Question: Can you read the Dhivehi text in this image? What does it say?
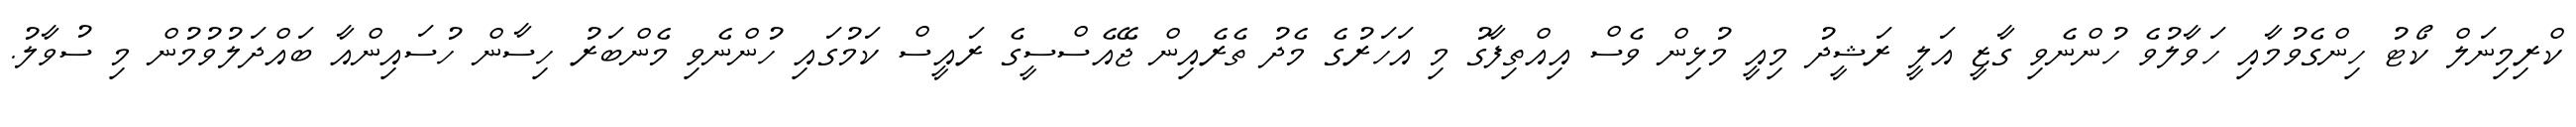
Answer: ކްރިމިނަލް ކޯޓު ހިންގެވުމާއި ހަވާލުވެ ހުންނެވި ގާޒީ އަލީ ރަޝީދު މިއީ މުޅިން ވެސް އިއްތިފާގު މި އަހަރުގެ މެދު ތެރެއިން ޖޭއެސްސީގެ ރައީސް ކަމުގައި ހުންނެވި މެންބަރު ހިސާން ހުސައިންއާ ބައްދަލުވުމުން މި ސުވާލު.